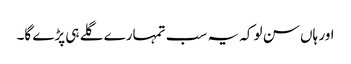
اور ہاں سن لو کہ یہ سب تمہارے گلے ہی پڑے گا۔